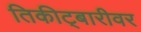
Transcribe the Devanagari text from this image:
तिकीट्बारीवर